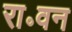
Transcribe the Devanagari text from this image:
रा॰वन